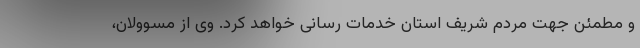
و مطمئن جهت مردم شریف استان خدمات رسانی خواهد کرد. وی از مسوولان،